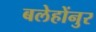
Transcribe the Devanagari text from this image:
बलेहोंनुर